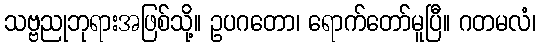
သဗ္ဗညုဘုရားအဖြစ်သို့။ ဥပဂတော၊ ရောက်တော်မူပြီ။ ဂတမလံ၊